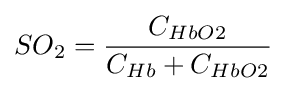
SO_{2}={\frac {C_{HbO2}}{C_{Hb}+C_{HbO2}}}